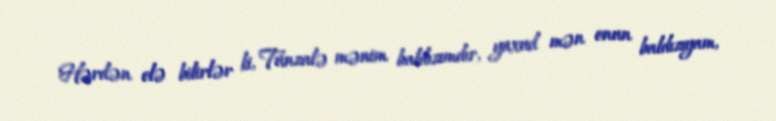
Hərdən elə bilirlər ki, Tünzalə mənim baldızımdır, yaxud mən onun baldızıyam,